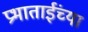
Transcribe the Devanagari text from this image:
प्रभाताईंच्या